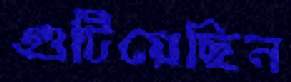
গুটিয়েছিল